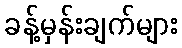
ခန့်မှန်းချက်များ